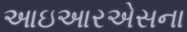
આઇઆરએસના